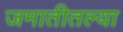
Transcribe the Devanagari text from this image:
जमातीतल्या